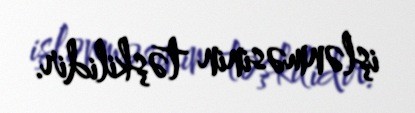
işlənməsinin təşkilidir.